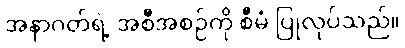
အနာဂတ်ရဲ့ အစီအစဉ်ကို စီမံ ပြုလုပ်သည်။